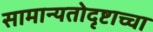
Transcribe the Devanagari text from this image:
सामान्यतोदृष्टाच्चा